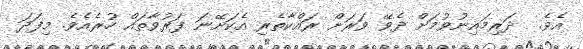
އެވެ.  ދަރިމައިނުވުމަށް ދެވޭ ވަރަށް ރައްކާތެރި އެކަށޭނަ ފަރުވާތައް ހުރެއެވެ. މިފަދަ